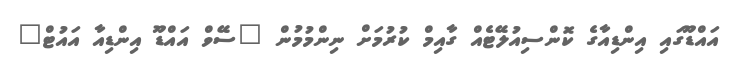
އައްޑޫގައި އިންޑިއާގެ ކޮންސިއުލޭޓެއް ގާއިމް ކުރުމަށް ނިންމުމުން "ސޭވް އައްޑޫ އިންޑިއާ އައުޓް"